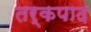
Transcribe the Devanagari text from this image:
तर्कपाद